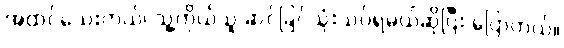
အထင်သေးတယ်၊ သူ့ကိုယ်သူ ဆင်ခြင်သုံးသပ်ရမယ်ဆိုပြီး ပြောတယ်။